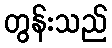
တွန်းသည်